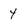
Character: 4